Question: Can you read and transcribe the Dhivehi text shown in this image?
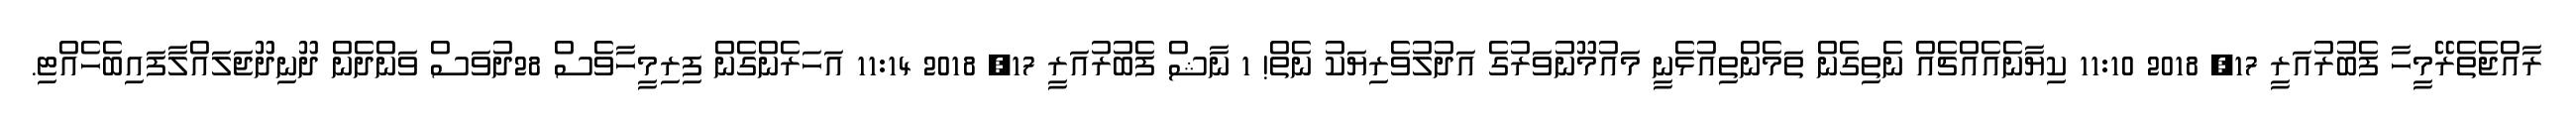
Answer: ރާއްޖެތެރޭމީހާ ފެބުރުއަރީ 17, 2018 11:10 ކިޔާނެއެއްޗެއް ނެތިގެން ތަމެންތިއުޅެނީ މައުމޫނުވަރުގެ އަދުލުވެރިޔަކު ނެތް! 1 ނާޝް ފެބުރުއަރީ 17, 2018 11:14 އަހަރެންގެން ފިރިމީހާވެސް 28ދުވަސް ވަންދެން ދޫނިދޫޖަލައްލާފައިބެހެއްޓި.